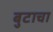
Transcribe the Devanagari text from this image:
बुटाचा